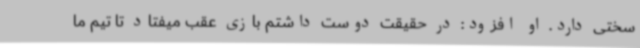
سختی دارد. او افزود: در حقیقت دوست داشتم بازی عقب میفتاد تا تیم ما